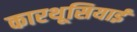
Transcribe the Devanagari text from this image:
कारथूसियाई